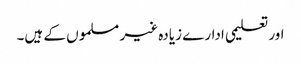
اور تعلیمی ادارے زیادہ غیر مسلموں کے ہیں۔